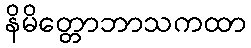
နိမိတ္တောဘာသကထာ